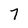
Character: 7